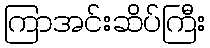
ကြာအင်းဆိပ်ကြီး